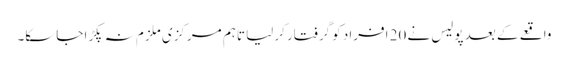
واقعے کے بعد پولیس نے 20 افراد کو گرفتار کرلیا تاہم مرکزی ملزم نہ پکڑا جاسکا۔